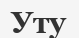
Уту